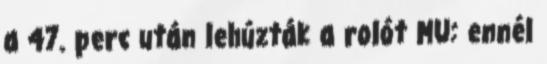
a 47. perc után lehúzták a rolót MU: ennél